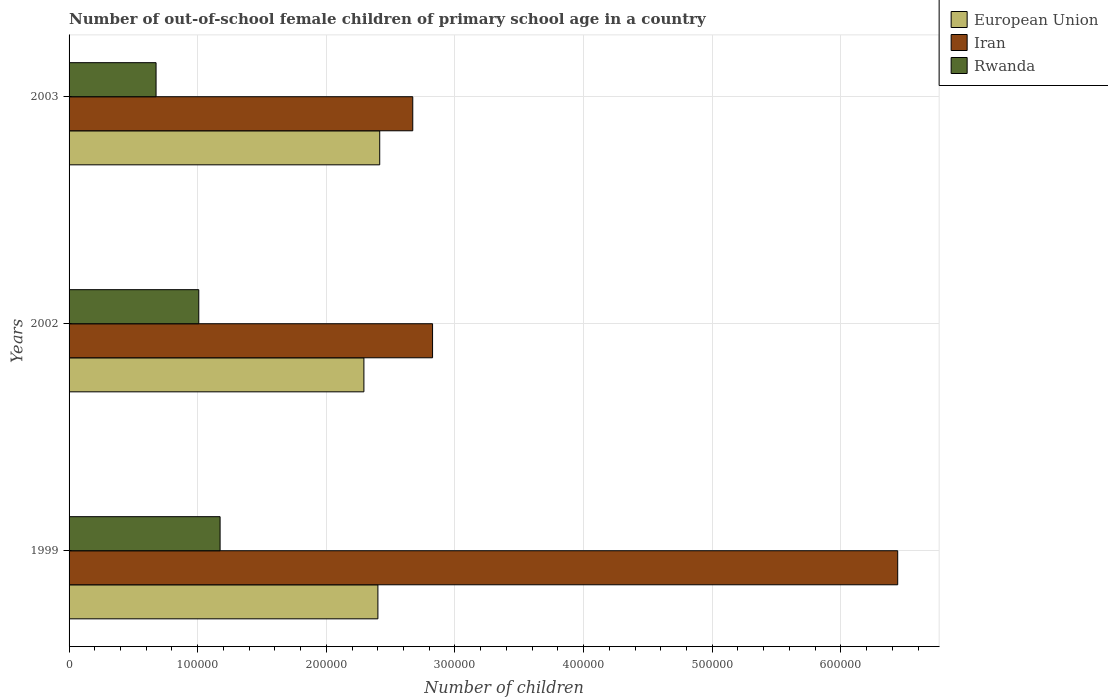
| Years | European Union | Iran | Rwanda |
 | --- | --- | --- | --- |
 | 1999 | 2.4e+05 | 6.44e+05 | 1.17e+05 |
 | 2002 | 2.29e+05 | 2.83e+05 | 1.01e+05 |
 | 2003 | 2.41e+05 | 2.67e+05 | 6.76e+04 |